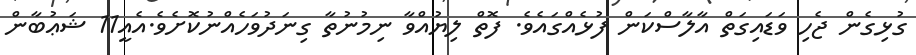
ގުޅިގެން ޖެހި ވަޑައިގަތް އާލާސްކަން ފުޅެއްގައެވެ. ފޮތް ލިޔުއްވާ ނިމުނުތާ ގިނަދުވަހެއްނުކޮށެވެ.އެއީ11 ޝަޢުބާން